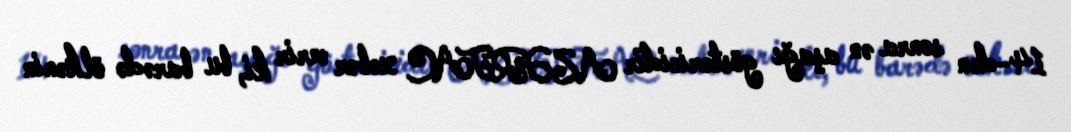
14-dən sonra ən aşağı göstəricidir AZƏRTAC xəbər verir ki, bu barədə ölkənin